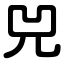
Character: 兕